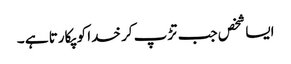
ایسا شخص جب تڑپ کر خدا کو پکارتا ہے ۔